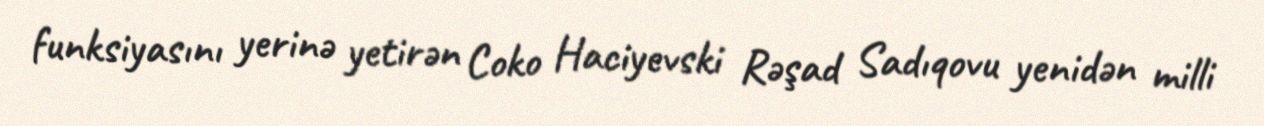
funksiyasını yerinə yetirən Coko Haciyevski Rəşad Sadıqovu yenidən milli